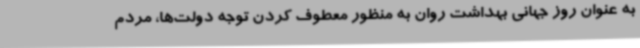
به عنوان روز جهانی بهداشت روان به منظور معطوف کردن توجه دولت‌ها، مردم